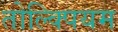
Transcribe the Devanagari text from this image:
तोल्क्पियम